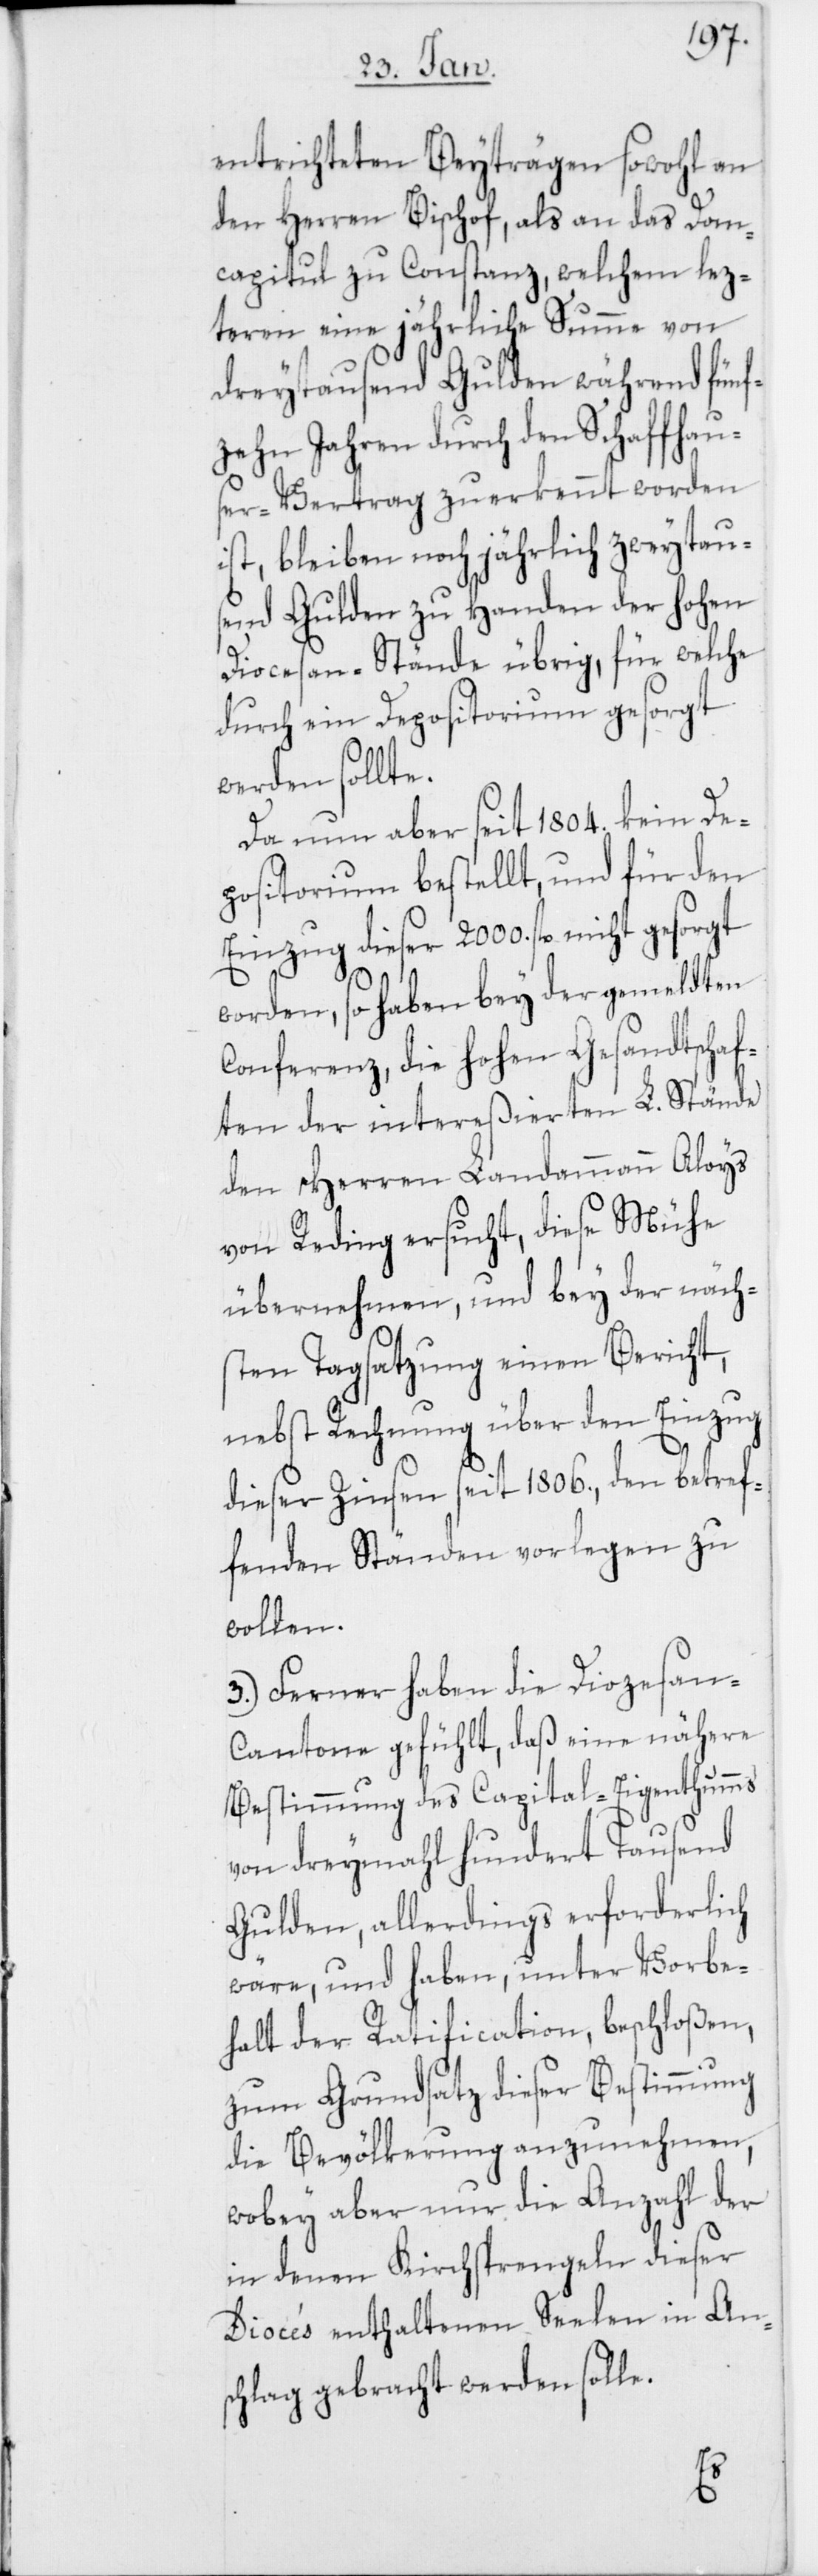
entrichteten Beyträgen sowohl an
den Herren Bischof, als an das Dom¬
capitul zu Constanz, welchem lez¬
teren eine jährliche Summe von
dreytausend Gulden während fünf¬
zehn Jahren durch den Schaffhau¬
ser-Vertrag zuerkennt worden
ist, bleiben noch jährlich zweytau¬
send Gulden zu Handen der hohen
Diocesan-Stände übrig, für welche
durch ein Depositorium gesorgt
werden sollte.
Da nun aber seit 1804. kein De¬
positorium bestellt, und für den
Einzug dieser 2000. fl. nicht gesorgt
worden, so haben bey der gemeldten
Conferenz, die hohen Gesandtschaf¬
ten der intereßierten L. Stände
den Herren Landammann Aloys
von Reding ersucht, diese Mühe
übernehmen, und bey der näch¬
sten Tagsatzung einen Bericht,
nebst Rechnung über den Einzug
dieser Zinsen seit 1806., den betref¬
fenden Ständen vorlegen zu
wollen.
3.) Ferner haben die Diozesan-C¬
antone gefühlt, daß eine nähere
Bestimmung des Capital-Eigenthumms
von dreymahl hundert Tausend
Gulden, allerdings erforderlich
wäre, und haben, unter Vorbe¬
halt der Ratification, beschloßen,
zum Grundsatz dieser Bestimmung
die Bevölkerung anzunehmen,
wobey aber nur die Anzahl der
in denen Kirchsprengeln dieser
Diocés enthaltenen Seelen in An¬
schlag gebracht werden solle.